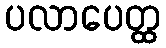
ပလာပေတ္ထ